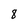
Character: 8